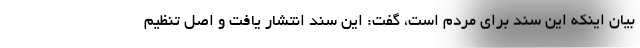
بیان اینکه این سند برای مردم است، گفت: این سند انتشار یافت و اصل تنظیم